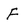
Character: F